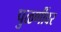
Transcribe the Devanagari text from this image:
पुळणींवर